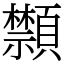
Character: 䫴